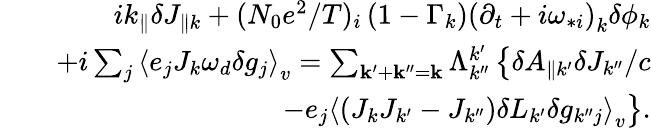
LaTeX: \begin{array}{rlr}&{}&{ik_{\parallel}\delta J_{\parallel k}+(N_{0}e^{2}/T)_{i}\left(1-\Gamma_{k}\right)\left(\partial_{t}+i\omega_{*i}\right)_{k}\delta\phi_{k}}\\ &{}&{+i\sum_{j}\left\langle e_{j}J_{k}\omega_{d}\delta g_{j}\right\rangle_{v}=\sum_{\mathbf{k}^{\prime}+\mathbf{k}^{\prime\prime}=\mathbf{k}}\Lambda_{k^{\prime\prime}}^{k^{\prime}}\left\{ \delta A_{\parallel k^{\prime}}\delta J_{k^{\prime\prime}}/c\right.}\\ &{}&{\left.-e_{j}\left\langle\left(J_{k}J_{k^{\prime}}-J_{k^{\prime\prime}}\right)\delta L_{k^{\prime}}\delta g_{k^{\prime\prime}j}\right\rangle_{v}\right\} .}\end{array}